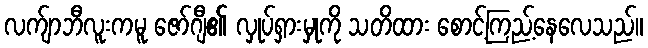
လက်ျာဘီလူးကမူ ဇော်ဂျီ၏ လှုပ်ရှားမှုကို သတိထား စောင့်ကြည့်နေလေသည်။